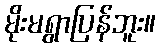
မိုးမရွာပြန်ဘူး။